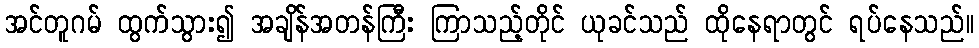
အင်တူဂမ် ထွက်သွား၍ အချိန်အတန်ကြီး ကြာသည့်တိုင် ယုခင်သည် ထိုနေရာတွင် ရပ်နေသည်။